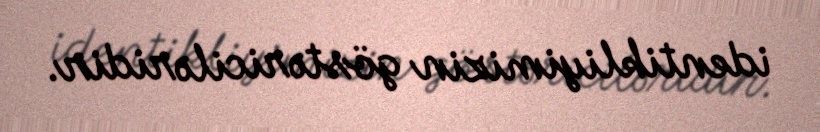
identikliyimizin göstəriciləridir.